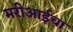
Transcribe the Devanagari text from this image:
मरीआईचा